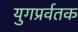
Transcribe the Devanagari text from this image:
युगप्रर्वतक